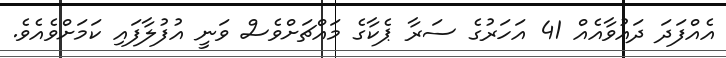
އެއްފަދަ ދައުވާއެއް 41 އަހަރުގެ ސަރާ ޕެކާގެ މައްޗަށްވެސް ވަނީ އުފުލާފައި ކަމަށްވެއެވެ.